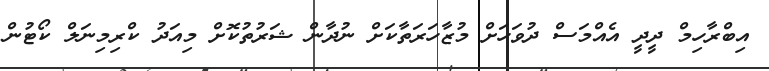
އިބްރާހިމް ދީދީ އެއްމަސް ދުވަހަށް މުޒާހަރަތާކަށް ނުދާން ޝަރުތުކޮށް މިއަދު ކްރިމިނަލް ކޯޓުން